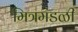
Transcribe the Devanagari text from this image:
मित्रमंडळी